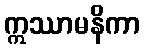
ဣဿာမနိကာ